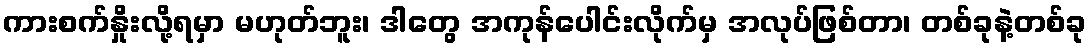
ကားစက်နှိုးလို့ရမှာ မဟုတ်ဘူး၊ ဒါတွေ အကုန်ပေါင်းလိုက်မှ အလုပ်ဖြစ်တာ၊ တစ်ခုနဲ့တစ်ခု